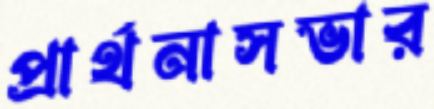
প্রার্থনাসভার